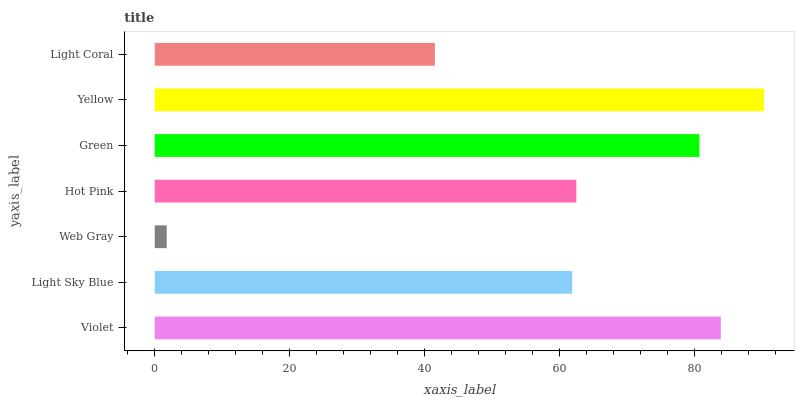
| yaxis_label | bars |
 | --- | --- |
 | Violet | 83.8 |
 | Light Sky Blue | 61.8 |
 | Web Gray | 1.78 |
 | Hot Pink | 62.4 |
 | Green | 80.7 |
 | Yellow | 90.3 |
 | Light Coral | 41.5 |